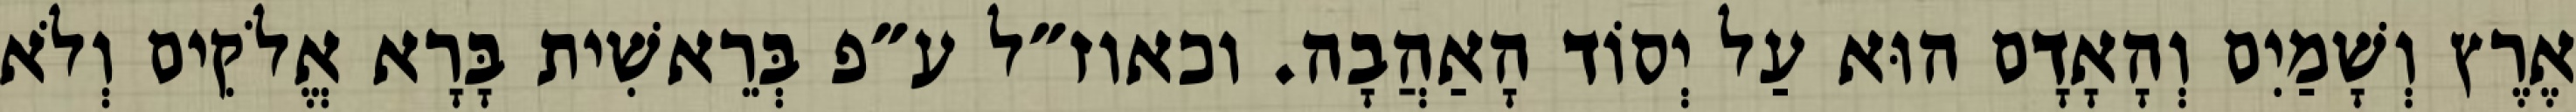
אֶרֶץ וְשָׁמַיִם וְהָאָדָם הוּא עַל יְסוֹד הָאַהֲבָה. וכאוז״ל ע״פ בְּרֵאשִׁית בָּרָא אֱלֹקִים וְלֹא